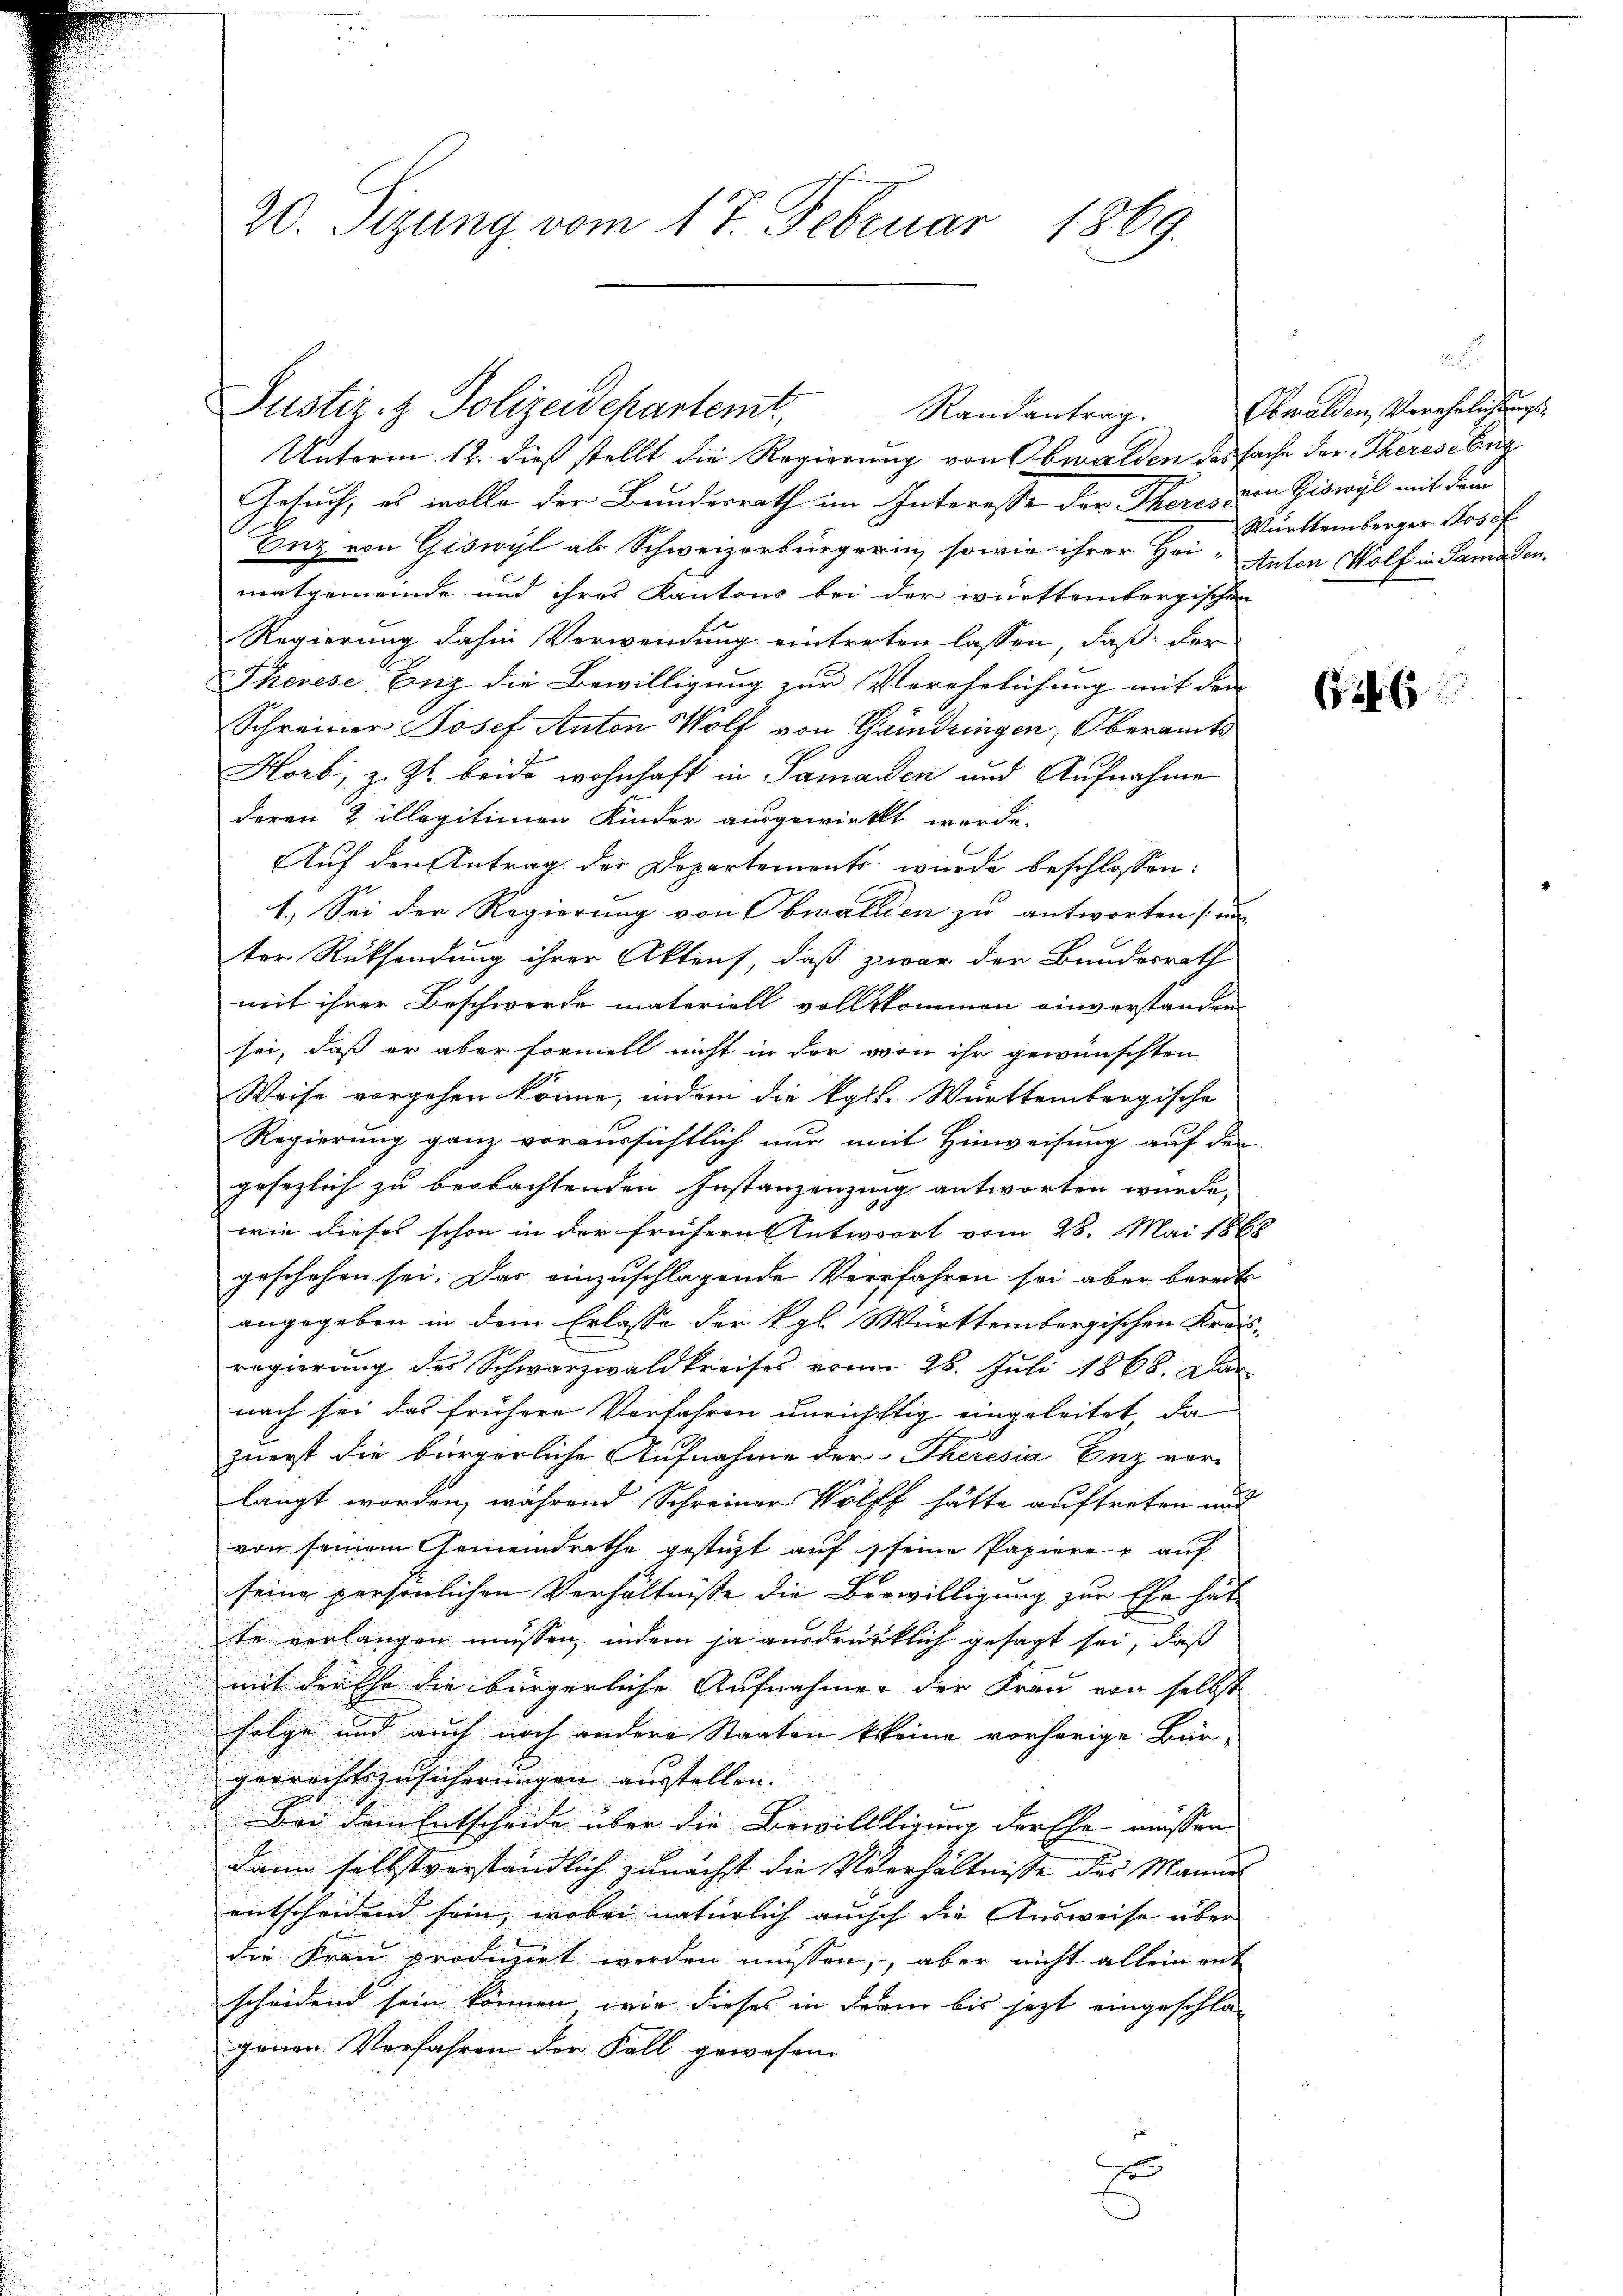
20. Sizung vom 17. Februar 1869.

Unterm 12. dieß stellt die Regierung von Obwalden des sache der Theres ebeng
Gesuch, es wolle der Bundesrath im Interesse der Theres von Giswyl mit dem
Anz von Giswyl als Schweizerbürgerin, sowie ihrer Hei- Anton Wolf in Samaden.
matgemeinde und ihres Kantons bei der württembergischen
Regierung dahin Verwendung eintreten lassen, daß der
Therese Enz die Bewilligung zur Verehelichung mit den
Schreiner Josef Anton Wolf von Grundringen, Oberamts
Horb, z. Zt. beide wohnhaft in Samaden und Aufnahme
deren & illegitimen Kinder ausgewirkt werde.
Auf den Antrag der Dopartements wurde beschlossen:
1. Sei der Regierung von Obwalden zu antworten un
ter Rücksendung ihrer Aktens, daß zwar der Bundesrath
mit ihrer Beschwerde materiell vollkommen einverstanden
sei, daß er aber formell nicht in der von ihr gewünschten
Weise vorgehen könne, indem die kalt. Württembergische
Regierung ganz voraussichtlich nur mit Hinweisung auf den
gesezlich zu beobachtenden Instanzenzung antworten wurde,
wie dieses schon in der frühern Antwort vom 28. Mai 1868
geschehen sei. Das einzuschlagende Verfahren sei aber bereits
angegeben in dem Erlasse der Kgl. Württembergischen Kreisregierung des Schwarzwaldkreises vom 26. Juli 1868. Dar
nach sei das frühere Vorfahren unrichtig eingeleitet, da
zuerst die bürgerliche Aufnahme der Theresia Enz ver-
langt worden, während Schreiner Wolff hätte auftreten und
von seinem Gemeindrathe gesteht auf seine Papiere auf
seine persönlichen Verhältniße die Bewilligung zur Ehe hät
te verlangen müssen, indem ja ausdrücklich gesagt sei, daß
mit der Ehe die bürgerliche Aufnahmen der Frau von selbst
Folge und auch noch andere Staaten keine vorherige Bür-
gerrechtszusicherungen ausstellen.
Bei dem Entscheide über die Bewillligung der Ehe müssen
dann selbstverständlich zunächst die Verhältnisse des Manuel
entscheidend sein, wobei natürlich auch die Ausweise über
die Frau produzirt werden müssen,, aber nicht allein ent
scheidend sein können, wie dieses in Ferne bis jezt eingeschla-
genen Verfahren der Fall gewesene

Justiz & Polizeidepartemt,
Randantrag.

a
Obwalden, Verehelichungs
Württemberger Josef